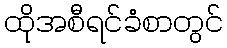
ထိုအစီရင်ခံစာတွင်